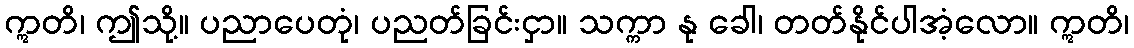
ဣတိ၊ ဤသို့။ ပညာပေတုံ၊ ပညတ်ခြင်းငှာ။ သက္ကာ နု ခေါ၊ တတ်နိုင်ပါအံ့လော။ ဣတိ၊